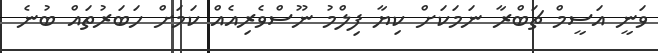
ވަނީ އަސީމް ޗަބްރާ ނަމަކަށް ކިޔާ ފިލްމު ނޫސްވެރިއެއް ކަމަށް ހަބަރުތައް ބުނެ